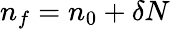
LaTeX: n_{f}=n_{0}+\delta N